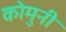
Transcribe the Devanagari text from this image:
कोमुनी